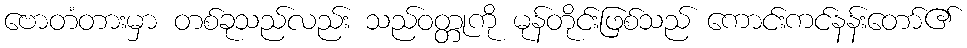
ဗောတံတားမှာ တစ်ခုသည်လည်း သည်ဝတ္တုကို မုန်တိုင်းဖြစ်သည် ကောင်းကင်နန်းတော်၏